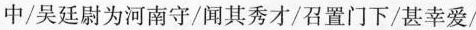
中/吴廷尉为河南守/闻其秀才/召置门下/甚幸爱/